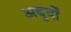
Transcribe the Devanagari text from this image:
अबुर्दों